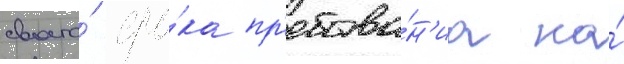
своего́ сро́ка пр'ебыва́н'иа на́